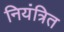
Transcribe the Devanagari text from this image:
नियंत्रित